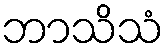
ဘာသိသံ